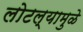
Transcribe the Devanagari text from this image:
लोटल्यामुळे